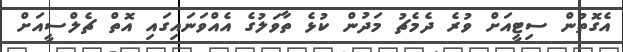
އެގޮތުން ސިޓީއަށް ވުރެ ދެމެޗު މަދުން ކުޅެ ތާވަލުގެ އެއްވަނައިގައި އޮތް ޗެލްސީއަށް